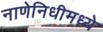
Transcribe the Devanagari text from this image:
नाणेनिधीमध्ये